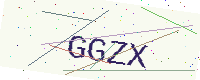
Text: GGZX